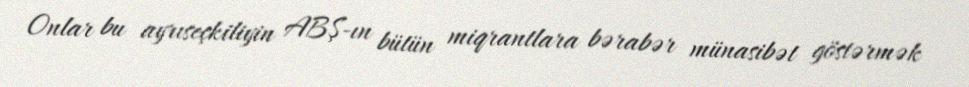
Onlar bu ayrıseçkiliyin ABŞ-ın bütün miqrantlara bərabər münasibət göstərmək